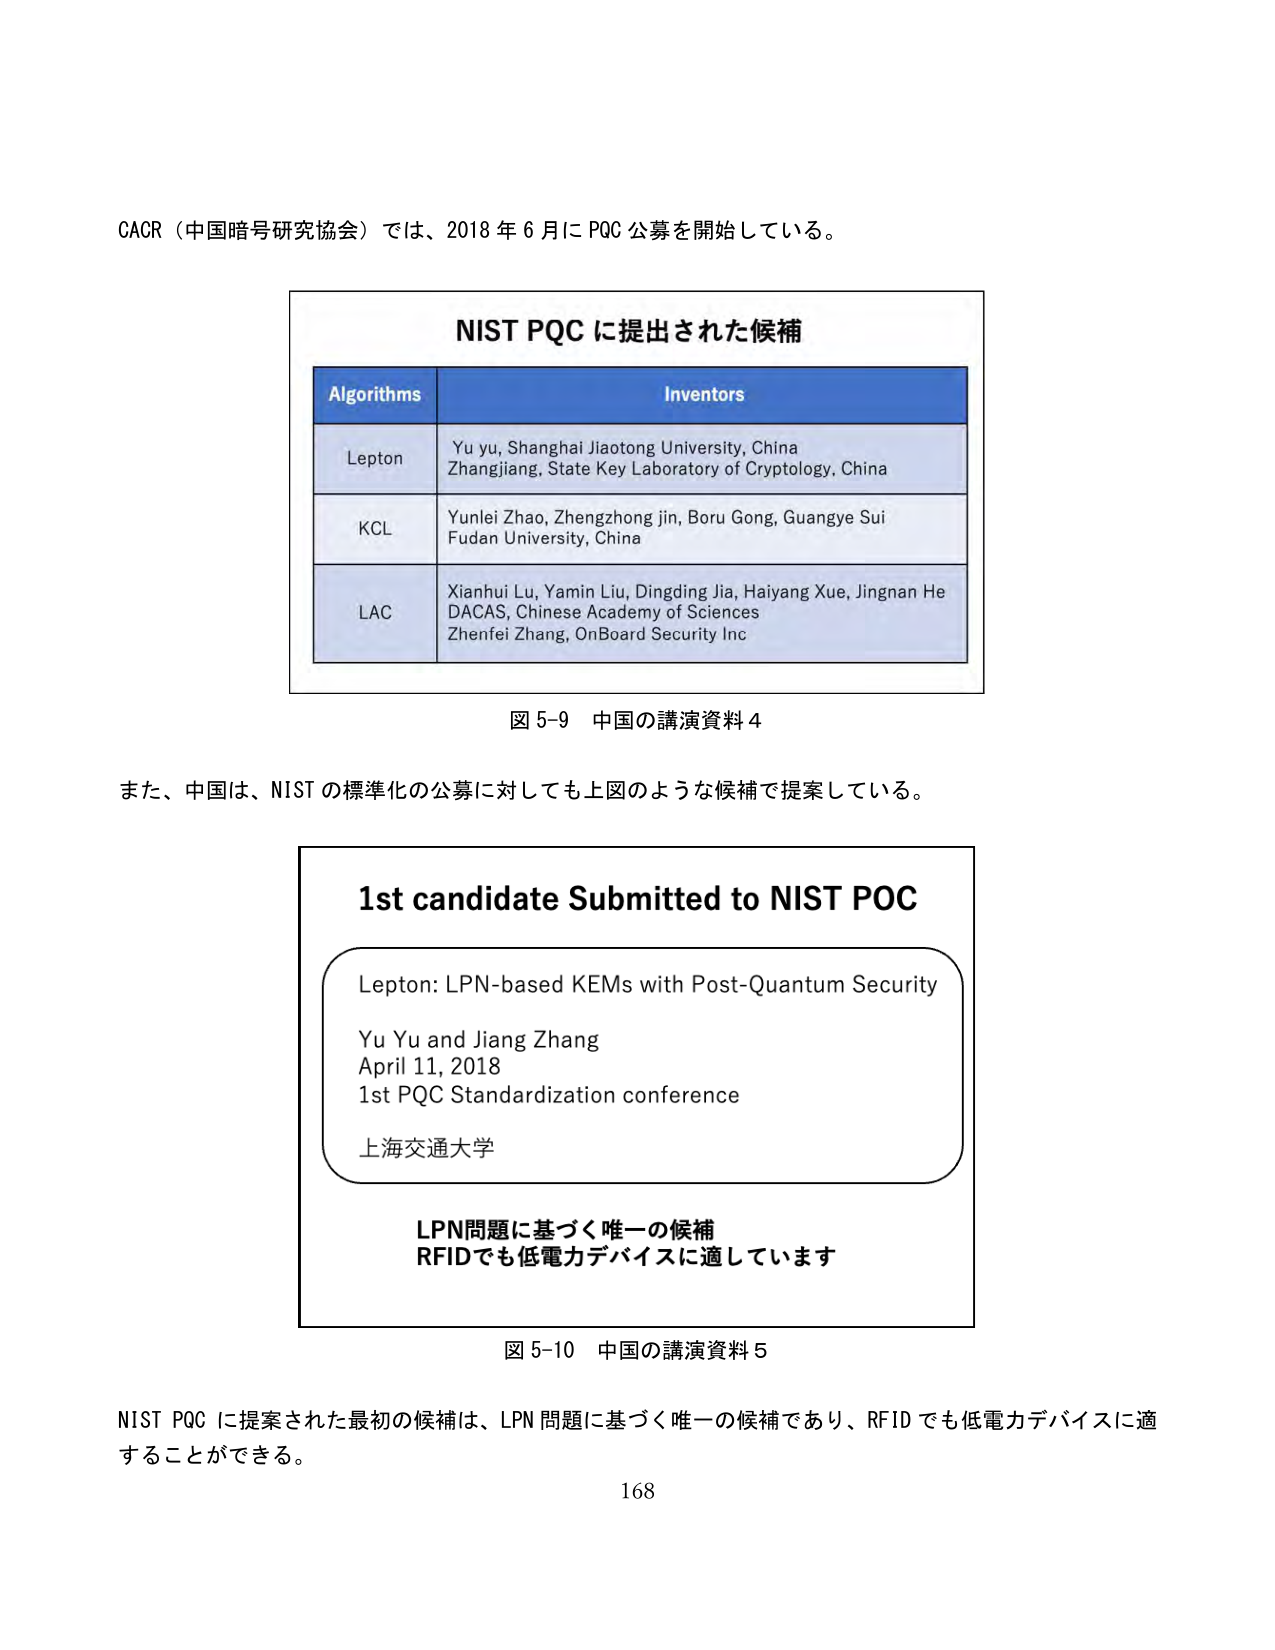
CACR（中国暗号研究協会）では、2018年6月にPQC公募を開始している。

NIST PQC に提出された候補

Algorithms           Inventors
Lepton              Yu yu, Shanghai Jiaotong University, China
                    Zhangjiang, State Key Laboratory of Cryptology, China
KCL                 Yunlei Zhao, Zhengzhong jin, Boru Gong, Guangye Sui
                    Fudan University, China
LAC                 Xianhui Lu, Yamin Liu, Dingding Jia, Haiyang Xue, Jingnan He
                    DACAS, Chinese Academy of Sciences
                    Zhenfei Zhang, OnBoard Security Inc

図 5-9 中国の講演資料 4

また、中国は、NIST の標準化の公募に対しても上図のような候補で提案している。

1st candidate Submitted to NIST POC

Lepton: LPN-based KEMs with Post-Quantum Security
Yu Yu and Jiang Zhang
April 11, 2018
1st PQC Standardization conference
上海交通大学

LPN問題に基づく唯一の候補
RFIDでも低電力デバイスに適しています

図 5-10 中国の講演資料 5

NIST PQC に提案された最初の候補は、LPN 問題に基づく唯一の候補であり、RFID でも低電力デバイスに適することができる。

168